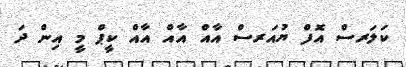
ކަލަރސް އޮފް ޔުއަރސް އާއް އާއް އާއް ކީޕް މީ އިން ދަ